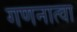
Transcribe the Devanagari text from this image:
गणनात्वा